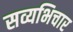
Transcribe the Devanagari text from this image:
सव्यभिचार